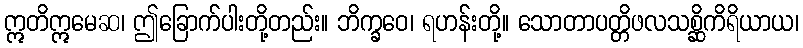
ဣတိဣမေဆ၊ ဤခြောက်ပါးတို့တည်း။ ဘိက္ခဝေ၊ ရဟန်းတို့။ သောတာပတ္တိဖလသစ္ဆိကိရိယာယ၊